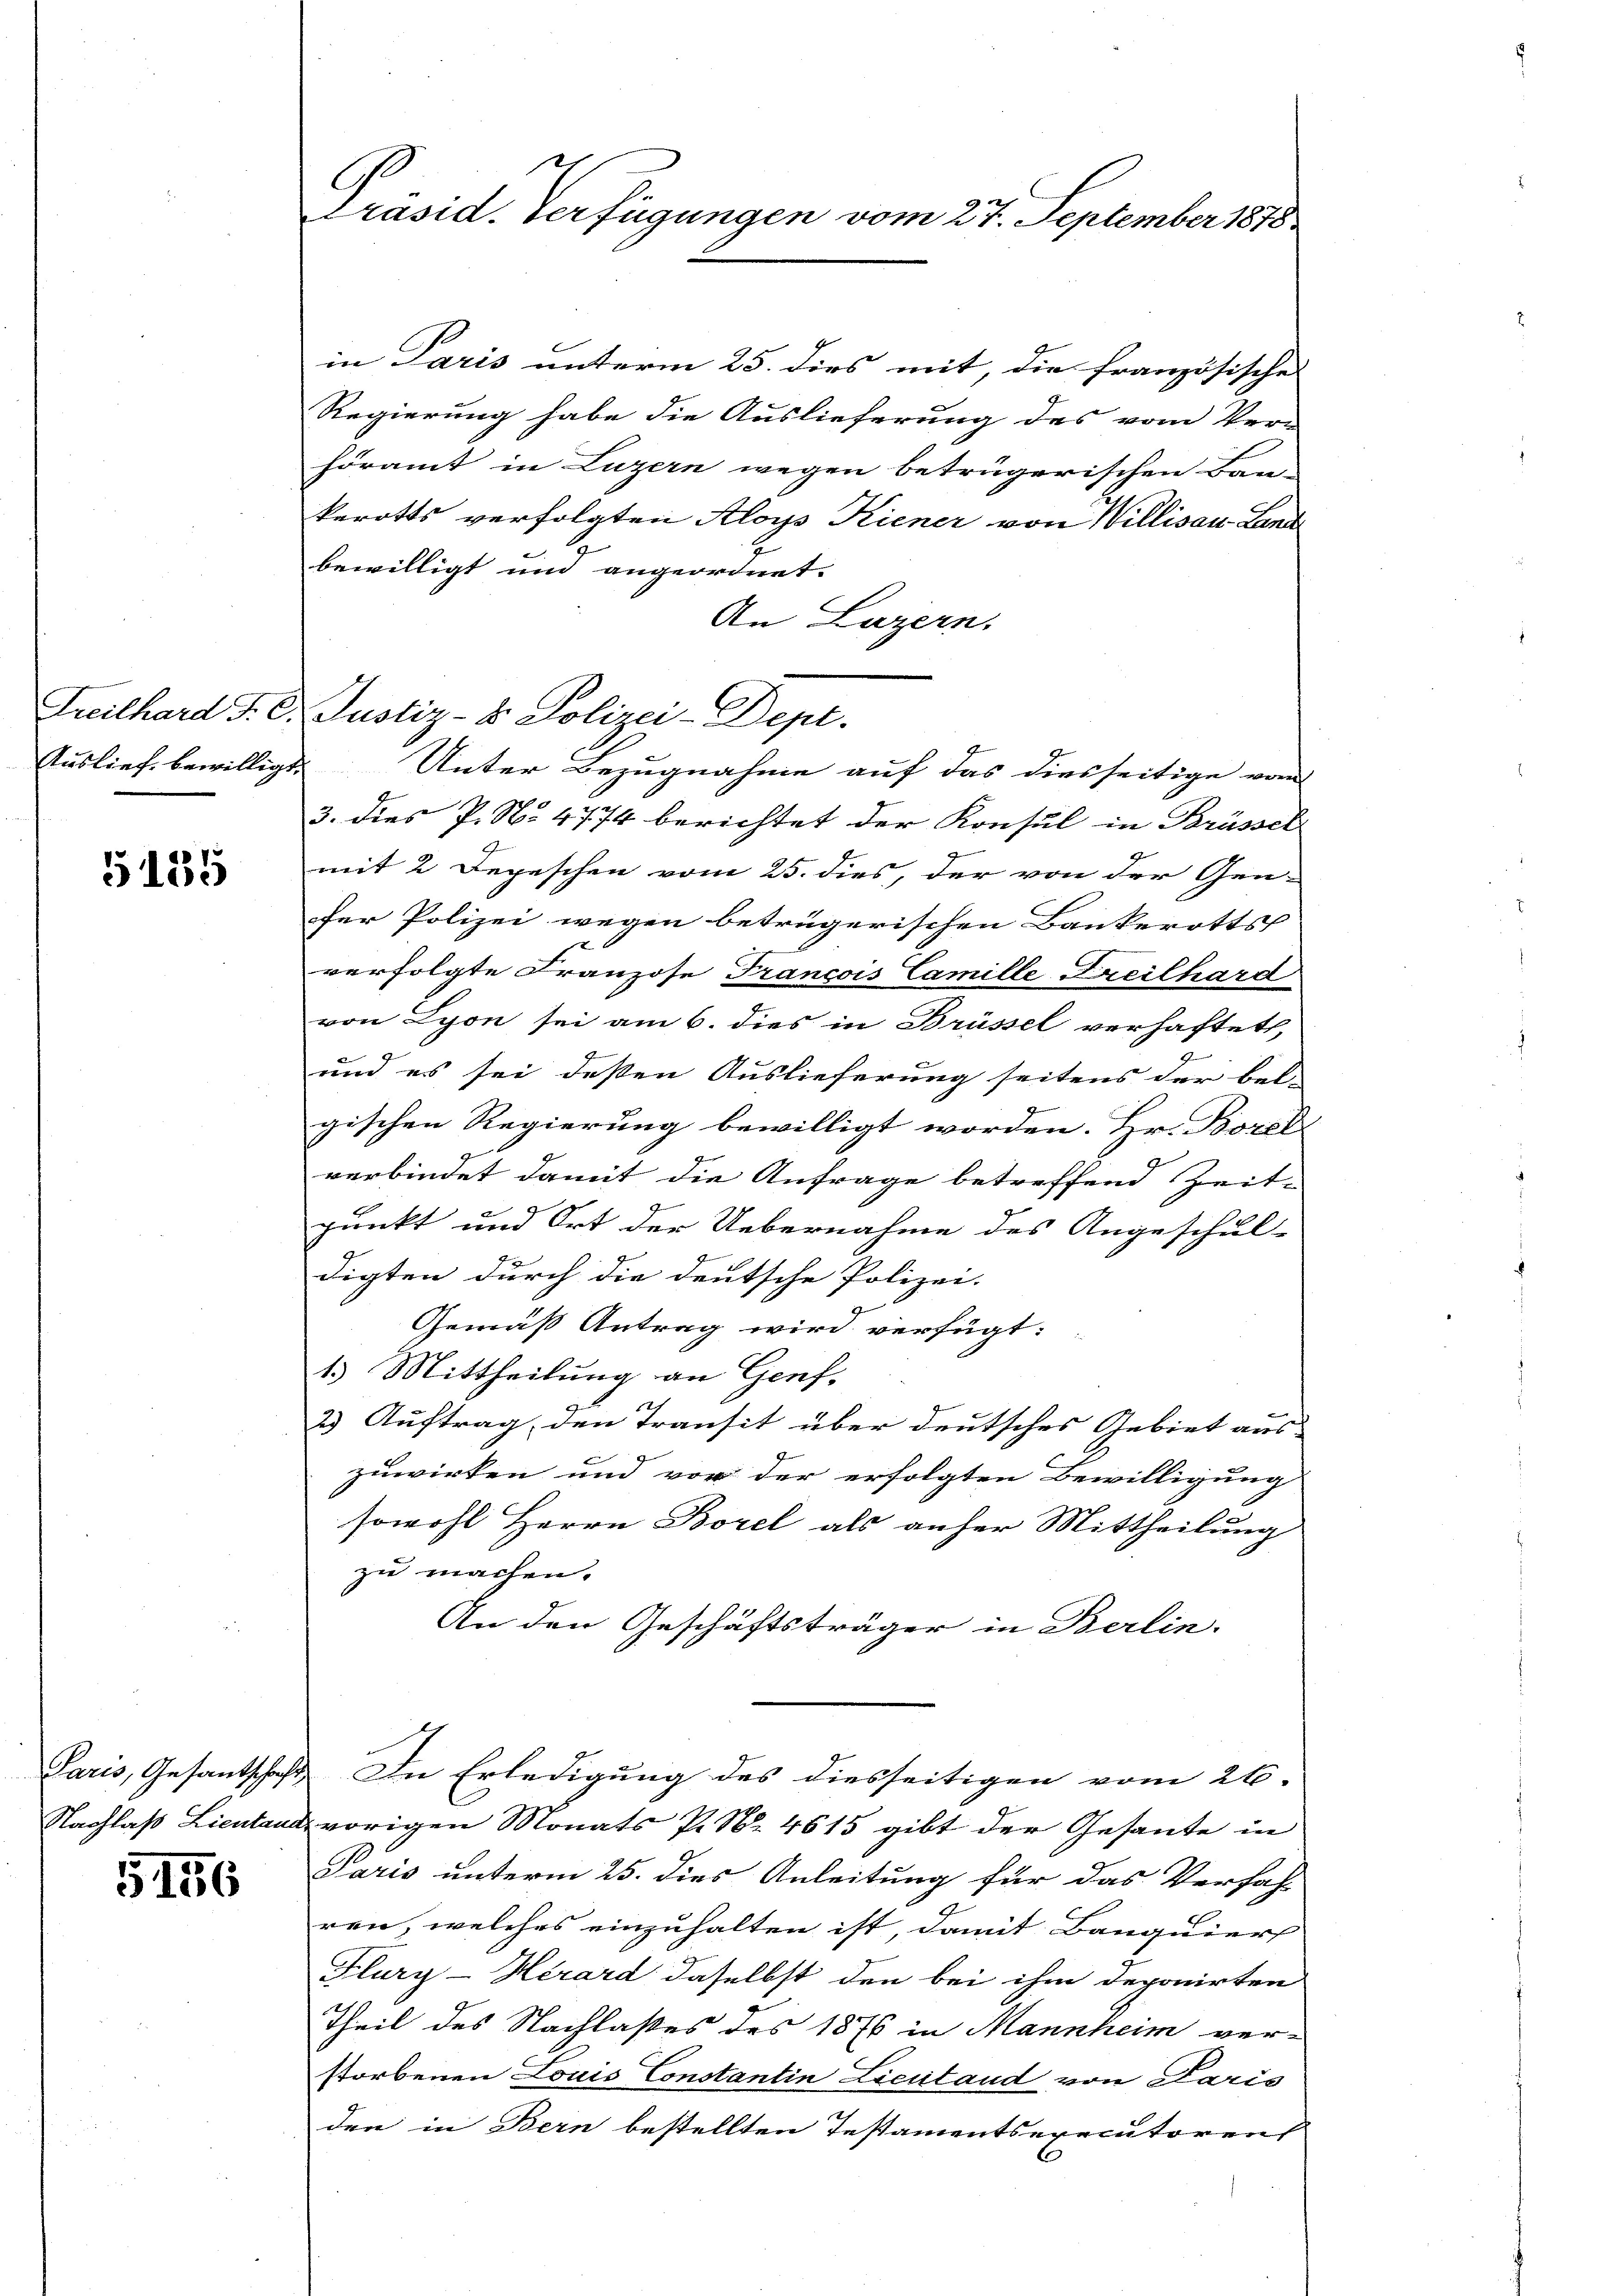
Freilhard J. C.
Auslief, bewillige

5135

Nachlaß Lientana

5156

Präsid. Verfügungen vom 27. September 1875

Justiz- & Polizei-Dept.
¬
Unter Bezugnahme auf das diesseitige vom

in Paris unterm 25. dies mit, die französische
Regierung habe die Auslieferung des vom Ver-
höramt in Luzern wegen betrügerischen Bau-
kerotts verfolgten Aloys Kiener von Willisau-Land
bewilligt und angeordnet.
An Luzern.
3. dies P. Nr. 4774 berichtet der Konsul in Brüssel
mit 2 Depeschen vom 25. dies, der von der Gen-
fer Polizei wegen betrügerischen Bankerotts
verfolgte Franzose François Camille Freilhard
von Lyon sei am 6. dies in Brüssel verhaftet,
4
und es sei dessen Auslieferung seitens der Bel-
gischen Regierung bewilligt worden. Hr. Borel
verbindet damit die Anfrage betreffend Zeit-
punkt und Ort der Uebernahme des Angeschul-
digten durch die deutsche Polizei.
Gemäß Antrag wird verfügt:
1.) Mittheilung an Genf,
7
23 Auftrag, den Transit über deutsches Gebiet aus
zuwirken und vor der erfolgten Bewilligung
sowohl Herrn Borel als anher Mittheilung
zu machen.
An den Geschäftsträger in Berlin.
Paris, Gesantschaft. In Erledigung des diesseitigen vom 26.
vorigen Monats P. Nr. 4615 gibt der Gesante in
Paris unterm 25. dies Anleitung für das Verfah-
ren, welches einzuhalten ist, damit Banquiers
Flury-Hérard daselbst den bei ihm deponirten
Theil des Nachlaßes des 1876 in Mannheim ver-
storbenen Louis Constantin Licitand von Paris
den in Bern bestellten Testamentsexecutorens